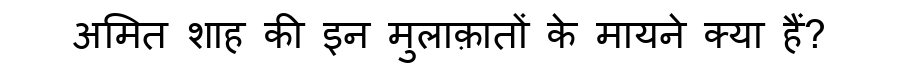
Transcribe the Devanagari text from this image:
अमित शाह की इन मुलाक़ातों के मायने क्या हैं?